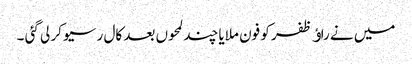
میں نے راﺅ ظفر کو فون ملایا چند لمحوں بعد کال رسیو کر لی گئی ۔